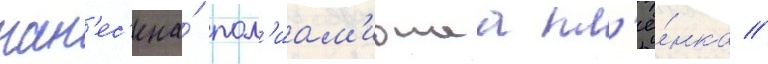
нан'ес'ена́ пол'иам'иднаа пл'ё́нка //